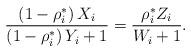
LaTeX: \begin{align*}\frac{{\left( {1 - {\rho _i^*}} \right){X_i}}}{{\left( {1 - {\rho _i^*}} \right){Y_i} + 1}} = \frac{{{\rho _i^*}{Z_i}}}{{{W_i} + 1}}.\end{align*}